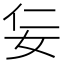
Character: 𡛉